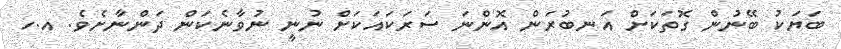
ބަޔަކު ބޭނުން ގޮތަކަށް އަނބުރަން އޮންނަ ސަރަކައަކަށް ނުނީ ނުވާނެކަން ދަންނާށެވެ. އ.ހ